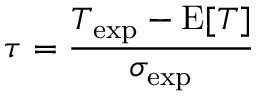
\tau = \frac { T _ { \mathrm { e x p } } - \mathrm { E } [ T ] } { \sigma _ { \mathrm { e x p } } }